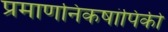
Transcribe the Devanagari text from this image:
प्रमाणनिकषांपिकी